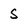
Character: s